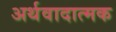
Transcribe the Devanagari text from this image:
अर्थवादात्मक